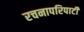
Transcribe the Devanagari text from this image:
रचनापरिपाटी